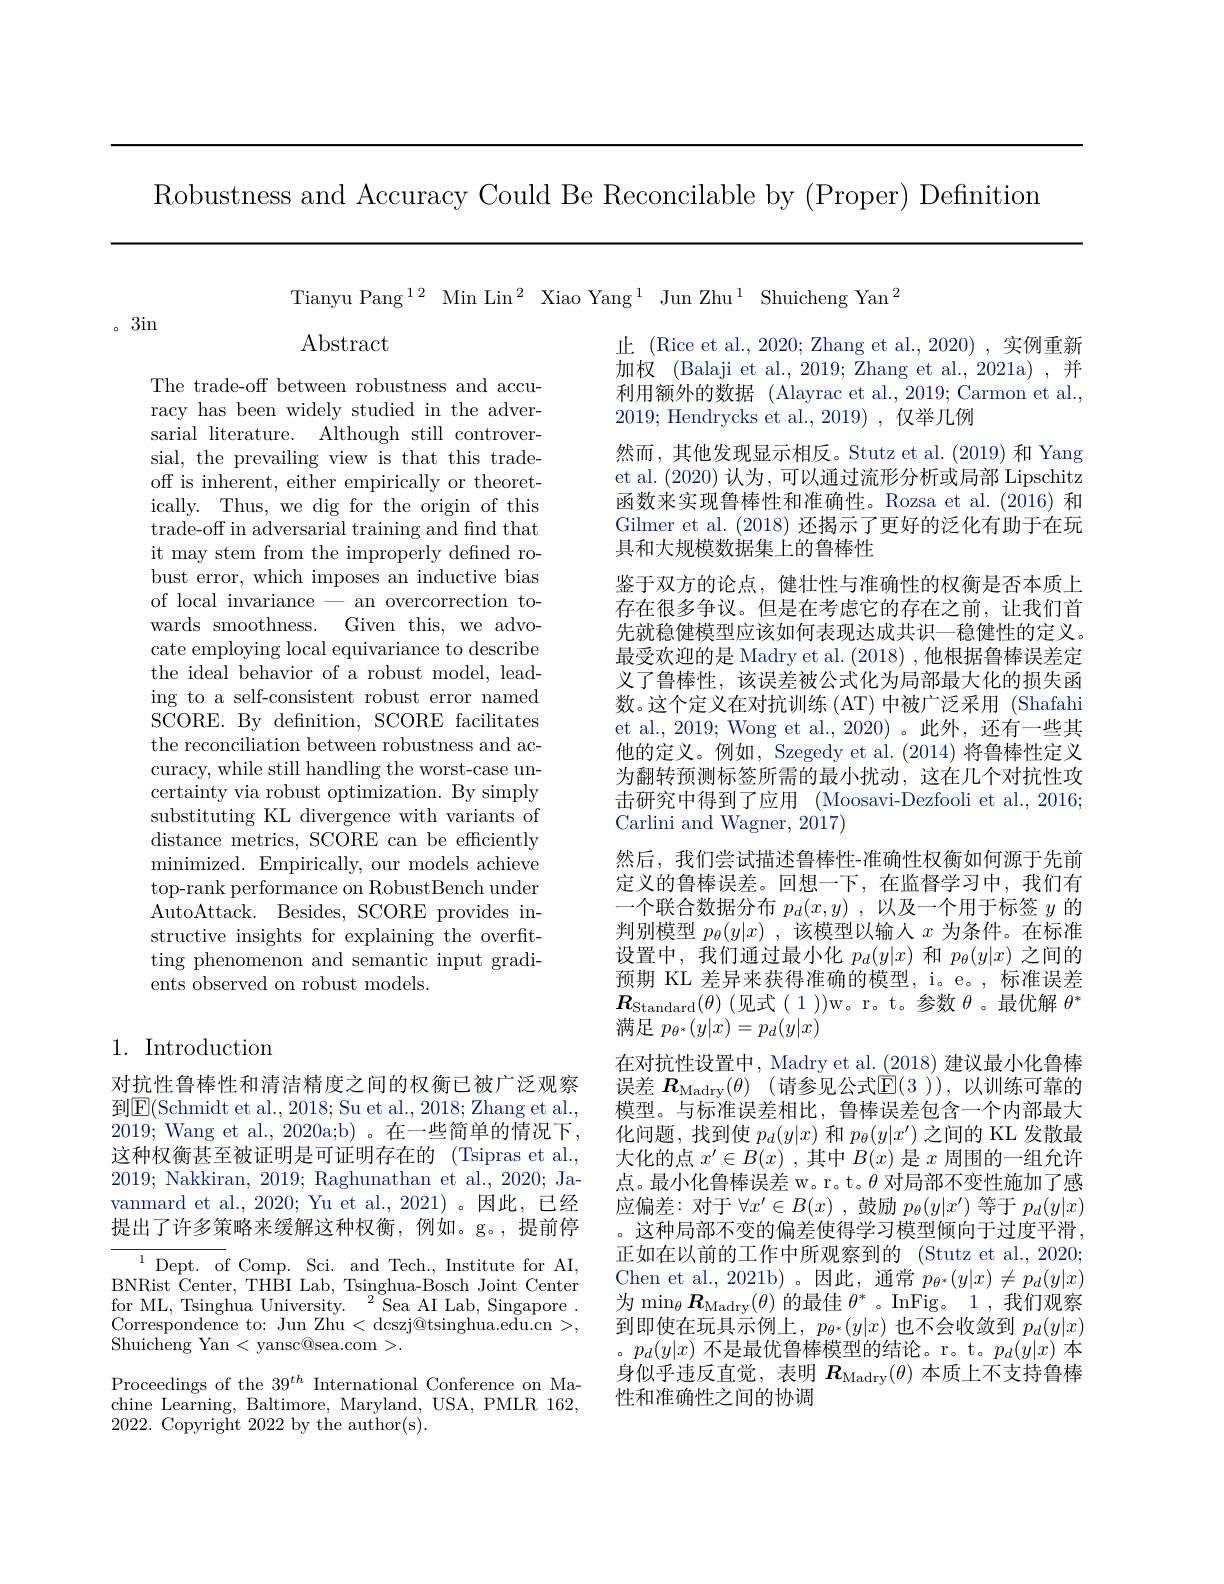
Robustness and Accuracy Could Be Reconcilable by (Proper) Definition

Tianyu Pang$^{12}$ Min Lin$^2$ Xiao Yang$^1$ Jun Zhu$^1$ Shuicheng Yan$^2$

。3in

Abstract

The trade-off between robustness and accuracy has been widely studied in the adversarial literature. Although still controversial, the prevailing view is that this tradeoff is inherent, either empirically or theoretically. Thus, we dig for the origin of this trade-off in adversarial training and find that it may stem from the improperly defined robust error, which imposes an inductive bias of local invariance - an overcorrection towards smoothness. Given this, we advocate employing local equivariance to describe the ideal behavior of a robust model, leading to a self-consistent robust error named SCORE. By defnition, SCORE facilitates the reconciliation between robustness and accuracy, while still handling the worst-case uncertainty via robust optimization. By simply substituting KL divergence with variants of distance metrics, SCORE can be efficiently minimized. Empirically, our models achieve top-rank performance on RobustBench under AutoAttack. Besides, SCORE provides instructive insights for explaining the overfitting phenomenon and semantic input gradients observed on robust models.

止 (Rice et al., 2020; Zhang et al., 2020) , 实例重新加权 (Balaji et al., 2019; Zhang et al., 2021a) ,并利用额外的数据 (Alayrac et al.,2019; Carmon et al., 2019; Hendrycks et al.,2019),仅举几例
然而，其他发现显示相反。Stutz et al.(2019) 和 Yang et al. (2020)认为，可以通过流形分析或局部 Lipschitz 函数来实现鲁棒性和准确性。Rozsa et al.(2016) 和Gilmer et al. (2018) 还揭示了更好的泛化有助于在玩具和大规模数据集上的鲁棒性
鉴于双方的论点，健壮性与准确性的权衡是否本质上存在很多争议。但是在考虑它的存在之前，让我们首先就稳健模型应该如何表现达成共识—稳健性的定义。最受欢迎的是 Madry et al. (2018) ,他根据鲁棒误差定义了鲁棒性，该误差被公式化为局部最大化的损失函数。这个定义在对抗训练 (AT) 中被广泛采用 (Shafahi et al., 2019; Wong et al., 2020) 。此外，还有一些其他的定义。例如，Szegedy et al.(2014) 将鲁棒性定义为翻转预测标签所需的最小扰动，这在几个对抗性攻击研究中得到了应用 (Moosavi-Dezfooli et al., 2016; Carlini and Wagner, 2017)
然后，我们尝试描述鲁棒性-准确性权衡如何源于先前定义的鲁棒误差。回想一下，在监督学习中，我们有一个联合数据分布$p_d(x,y)$ ,以及一个用于标签$y$的判别模型$p_\theta(y|x)$ ,该模型以输人$x$为条件。在标准设置中，我们通过最小化$p_d(y|x)$和$p_\theta(y|x)$之间的预期 KL 差异来获得准确的模型，i。e。,标准误差$\boldsymbol{R}_{\text{Standard}}(\theta)$ (见式(1))w。r。t。参数$\theta$。最优解$\theta^*$ 满足$p_{\theta^*}(y|x)=p_d(y|x)$
在对抗性设置中，Madry et al. (2018) 建议最小化鲁棒误差 $R_\mathrm{Madry}( \theta )$ (请参见公式$\mathbb{E}(3))$, 以训练可靠的模型。与标准误差相比，鲁棒误差包含一个内部最大化问题，找到使$p_d(y|x)$和$p_\theta(y|x^{\prime})$之间的 KL 发散最大化的点$x^\prime\in B(x)$ ,其中$B(x)$是$x$周围的一组允许点。最小化鲁棒误差 w。r。t。$\theta$对局部不变性施加了感应偏差：对于$\forall x^\prime\in B(x)$ ,鼓励$p_\theta(y|x^{\prime})$等于$p_d(y|x)$ 。这种局部不变的偏差使得学习模型倾向于过度平滑， 正如在以前的工作中所观察到的 (Stutz et al., 2020; Chen et al., 2021b)。因此，通常$p_{\theta^*}(y|x)\neq p_d(y|x)$ 为$\operatorname*{min}_\theta\boldsymbol{R}_\mathrm{Madry}(\theta)$的最佳 $\theta^*$。InFig。1,我们观察到即使在玩具示例上，$p_\theta^*(y|x)$也不会收敛到$p_d(y|x)$ 。$p_d(y|x)$不是最优鲁棒模型的结论。r。t。$p_d(y|x)$本身似乎违反直觉，表明$R_\mathrm{Madry}(\theta)$本质上不支持鲁棒性和准确性之间的协调

## 1. Introduction

对抗性鲁棒性和清洁精度之间的权衡已被广泛观察到$\boxed{\mathrm{E}}($Schmidt et al., 2018; Su et al., 2018; Zhang et al., 2019; Wang et al., 2020a;b)。在一些简单的情况下， 这种权衡甚至被证明是可证明存在的 (Tsipras et al., 2019; Nakkiran, 2019; Raghunathan et al., 2020; Javanmard et al., 2020; Yu et al., 2021)。因此，已经提出了许多策略来缓解这种权衡，例如。g。,提前停${\overline{{^{1}\mathrm{Dept.~of~Comp.~Sci.~and~Tech.,~Institute~for~AI,}}}}$ BNRist Center, THBI Lab, Tsinghua-Bosch Joint Center $\mathrm{for~ML,~Tsinghua~University.~}^{2}$Sea AI Lab, Singapore. Correspondence to: Jun Zhu < dcszj@tsinghua.edu.cn >, Shuicheng Yan< yansc@ sea. com> .
Proceedings of the $39^{th}$ International Conference on Machine Learning, Baltimore, Maryland, USA, PMLR 162, 2022. Copyright 2022 by the author(s).